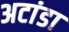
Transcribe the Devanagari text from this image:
अटांडा